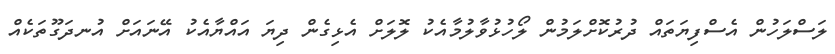
ލަސްލަހުން އެސްފިޔަތައް ދުރުކޮށްލަމުން ލޯހުޅުވާލުމާއެކު ލޮލަށް އެޅިގެން ދިޔަ އައްޔާއެކު އޭނައަށް އުނދަގޫތަކެއް